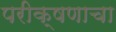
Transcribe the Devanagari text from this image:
परीक्षणाचा